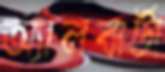
অ্যালবার্টা